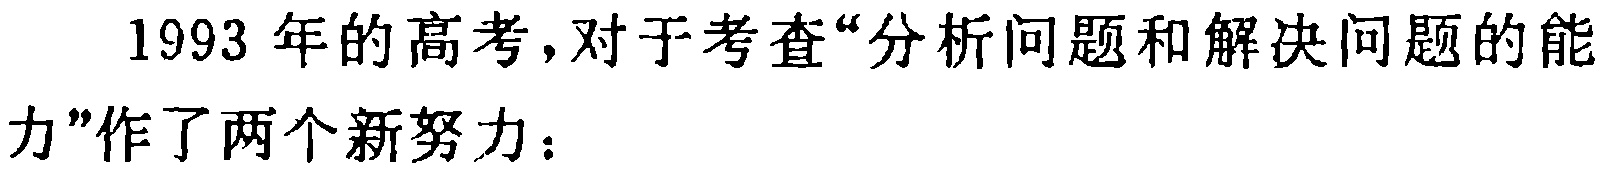
1993 年的高考，对于考查“分析问题和解决问题的能

力”作了两个新努力：